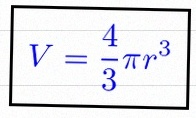
V=\frac43\pi r^3